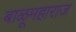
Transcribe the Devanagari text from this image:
बाळूमहाराज